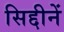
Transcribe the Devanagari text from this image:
सिद्दीनें